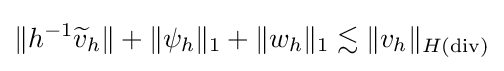
\Vert h^{-1}{\widetilde {v}}_{h}\Vert +\Vert \psi _{h}\Vert _{1}+\Vert w_{h}\Vert _{1}\lesssim \Vert v_{h}\Vert _{H(\operatorname {div} )}